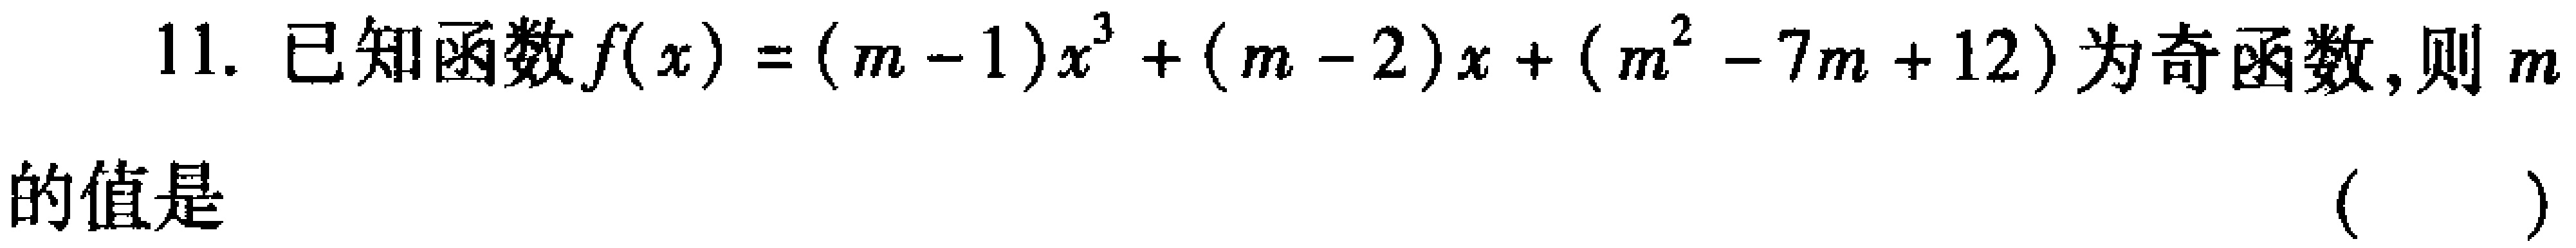
11. 已知函数\(f(x)=(m - 1)x^{3}+(m - 2)x+(m^{2}-7m + 12)\)为奇函数,则\(m\)的值是 （  ）